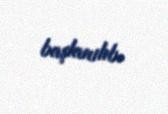
başlanılıb.